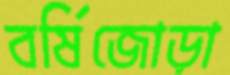
বর্ষিজোড়া